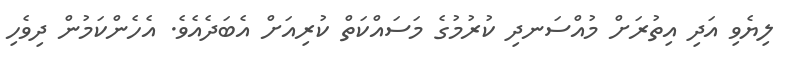
ލިޔެވި އަދި އިތުރަށް މުއްސަނދި ކުރުމުގެ މަސައްކަތް ކުރިއަށް އެބަދެއެވެ. އެހެންކަމުން ދިވެހި